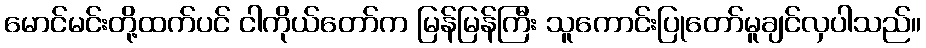
မောင်မင်းတို့ထက်ပင် ငါကိုယ်တော်က မြန်မြန်ကြီး သူကောင်းပြုတော်မူချင်လှပါသည်။